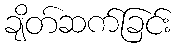
ချိတ်ဆက်ခြင်း